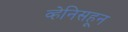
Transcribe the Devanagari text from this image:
व्हेनिसहून